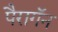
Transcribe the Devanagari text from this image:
पैरागॅन